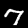
Digit: 7